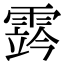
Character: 霠